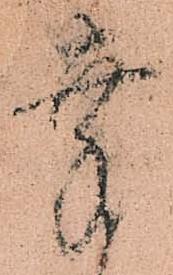
幸